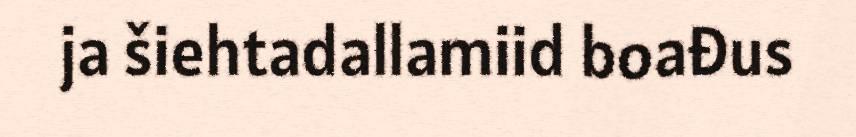
ja šiehtadallamiid boađus